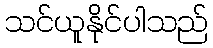
သင်ယူနိုင်ပါသည်